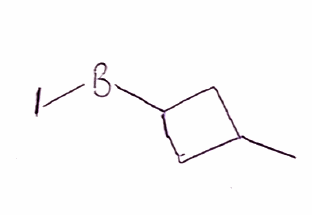
Simplified molecular-input line-entry system (SMILES) notation of the given molecule:
[B](C1CC(C1)C)I